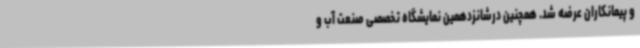
و پیمانکاران عرضه شد. همچنین درشانزدهمین نمایشگاه تخصصی صنعت آب و